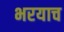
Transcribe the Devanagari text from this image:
भरयाच